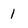
Character: 1